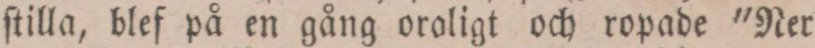
ſtilla, blef på en gång oroligt och ropade 'Ner